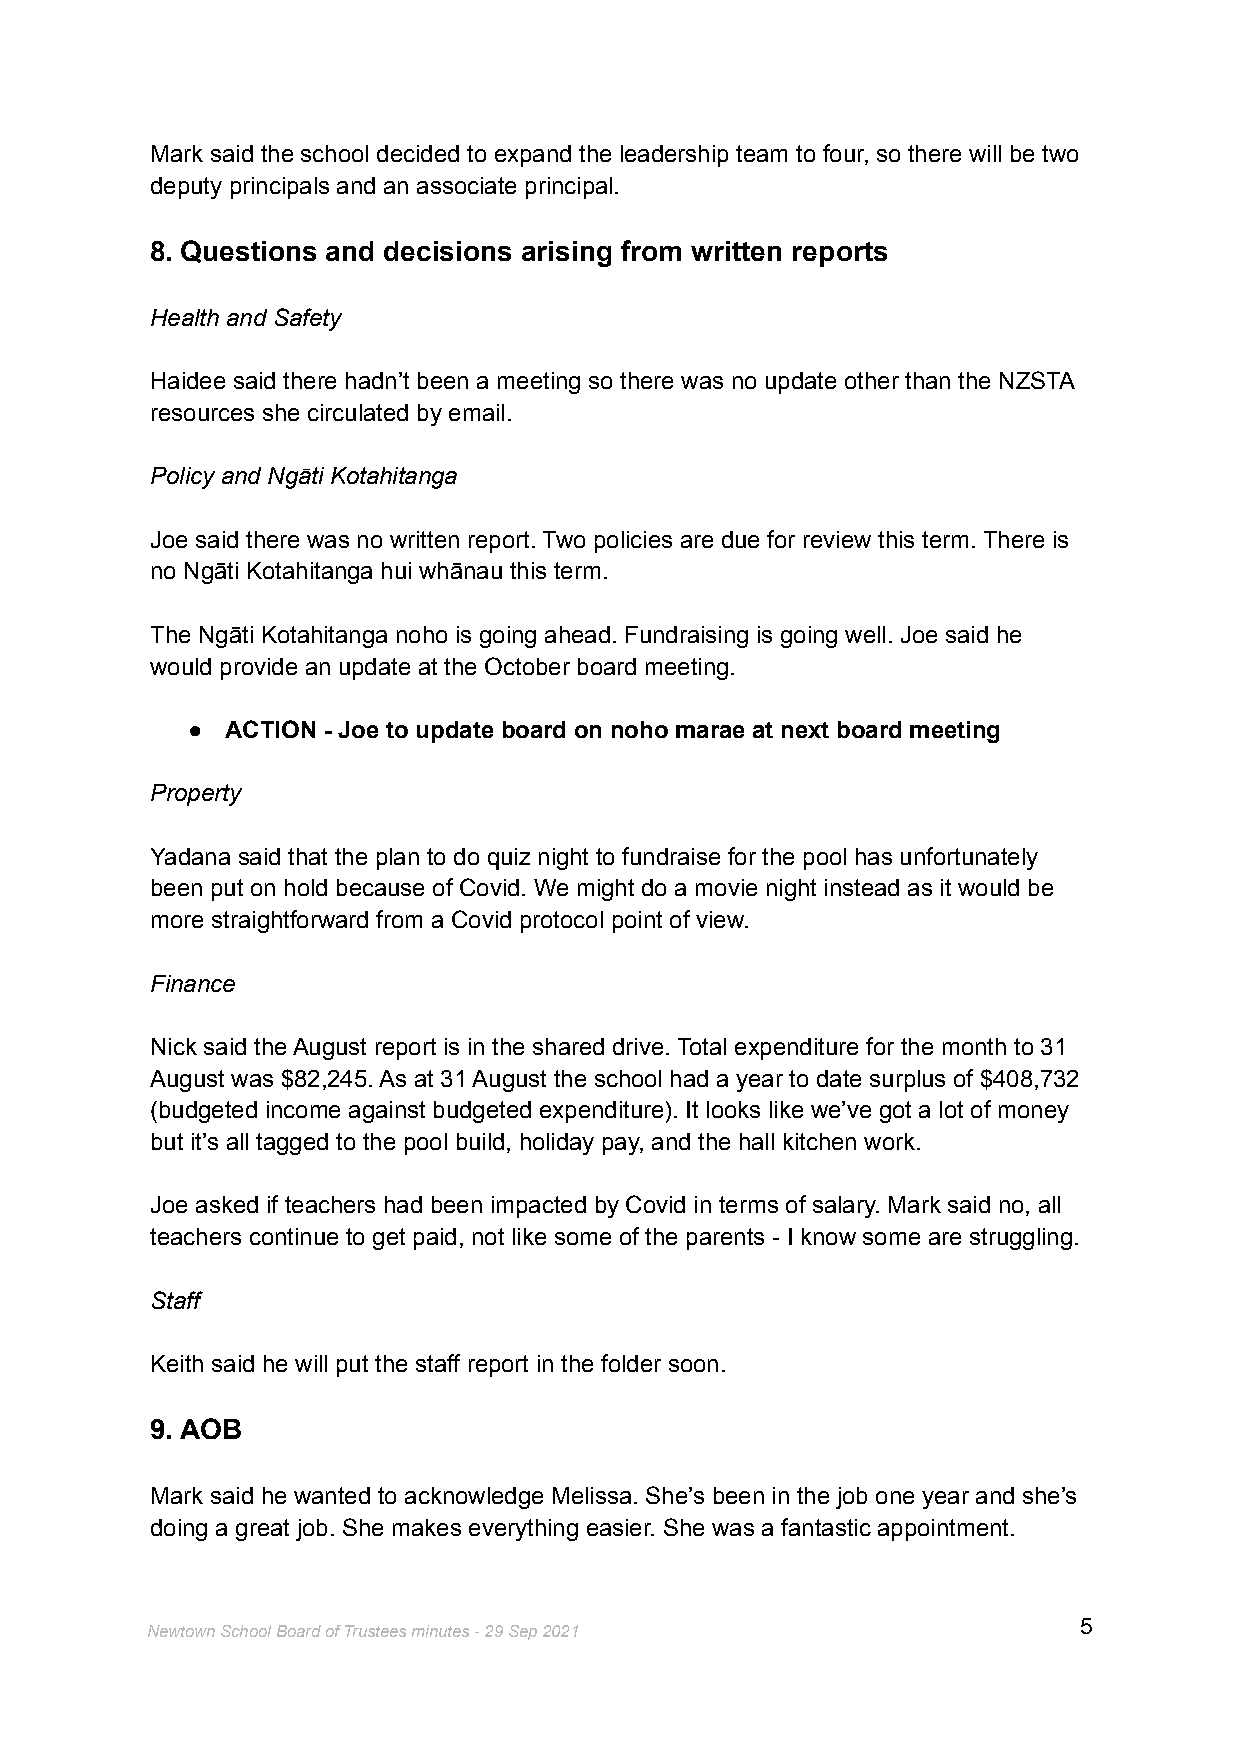
Mark said the school decided to expand the leadership team to four, so there will be two
 deputy principals and an associate principal.
 8. Questions and decisions arising from written reports
 Health and Safety
 Haidee said there hadn’t been a meeting so there was no update other than the NZSTA
 resources she circulated by email.
 Policy and Ngāti Kotahitanga
 Joe said there was no written report. Two policies are due for review this term. There is
 no Ngāti Kotahitanga hui whānau this term.
 The Ngāti Kotahitanga noho is going ahead. Fundraising is going well. Joe said he
 would provide an update at the October board meeting.
 ●  ACTION - Joe to update board on noho marae at next board meeting
 Property
 Yadana said that the plan to do quiz night to fundraise for the pool has unfortunately
 been put on hold because of Covid. We might do a movie night instead as it would be
 more straightforward from a Covid protocol point of view.
 Finance
 Nick said the August report is in the shared drive. Total expenditure for the month to 31
 August was $82,245. As at 31 August the school had a year to date surplus of $408,732
 (budgeted income against budgeted expenditure). It looks like we’ve got a lot of money
 but it’s all tagged to the pool build, holiday pay, and the hall kitchen work.
 Joe asked if teachers had been impacted by Covid in terms of salary. Mark said no, all
 teachers continue to get paid, not like some of the parents - I know some are struggling.
 Staff
 Keith said he will put the staff report in the folder soon.
 9. AOB
 Mark said he wanted to acknowledge Melissa. She’s been in the job one year and she’s
 doing a great job. She makes everything easier. She was a fantastic appointment.
 5
 Newtown School Board of Trustees minutes - 29 Sep 2021